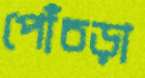
পোঁচড়া